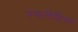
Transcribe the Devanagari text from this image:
बकलैंडिया